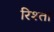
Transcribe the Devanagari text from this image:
रिश्‍ता